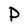
Character: P